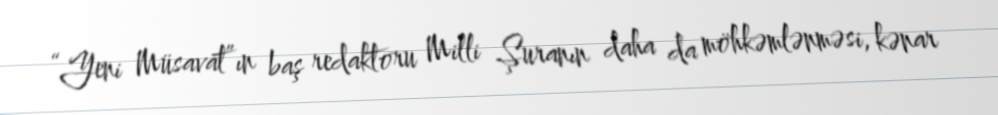
“Yeni Müsavat”ın baş redaktoru Milli Şuranın daha da möhkəmlənməsi, kənar